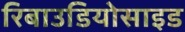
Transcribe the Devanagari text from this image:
रिबाउडियोसाइड